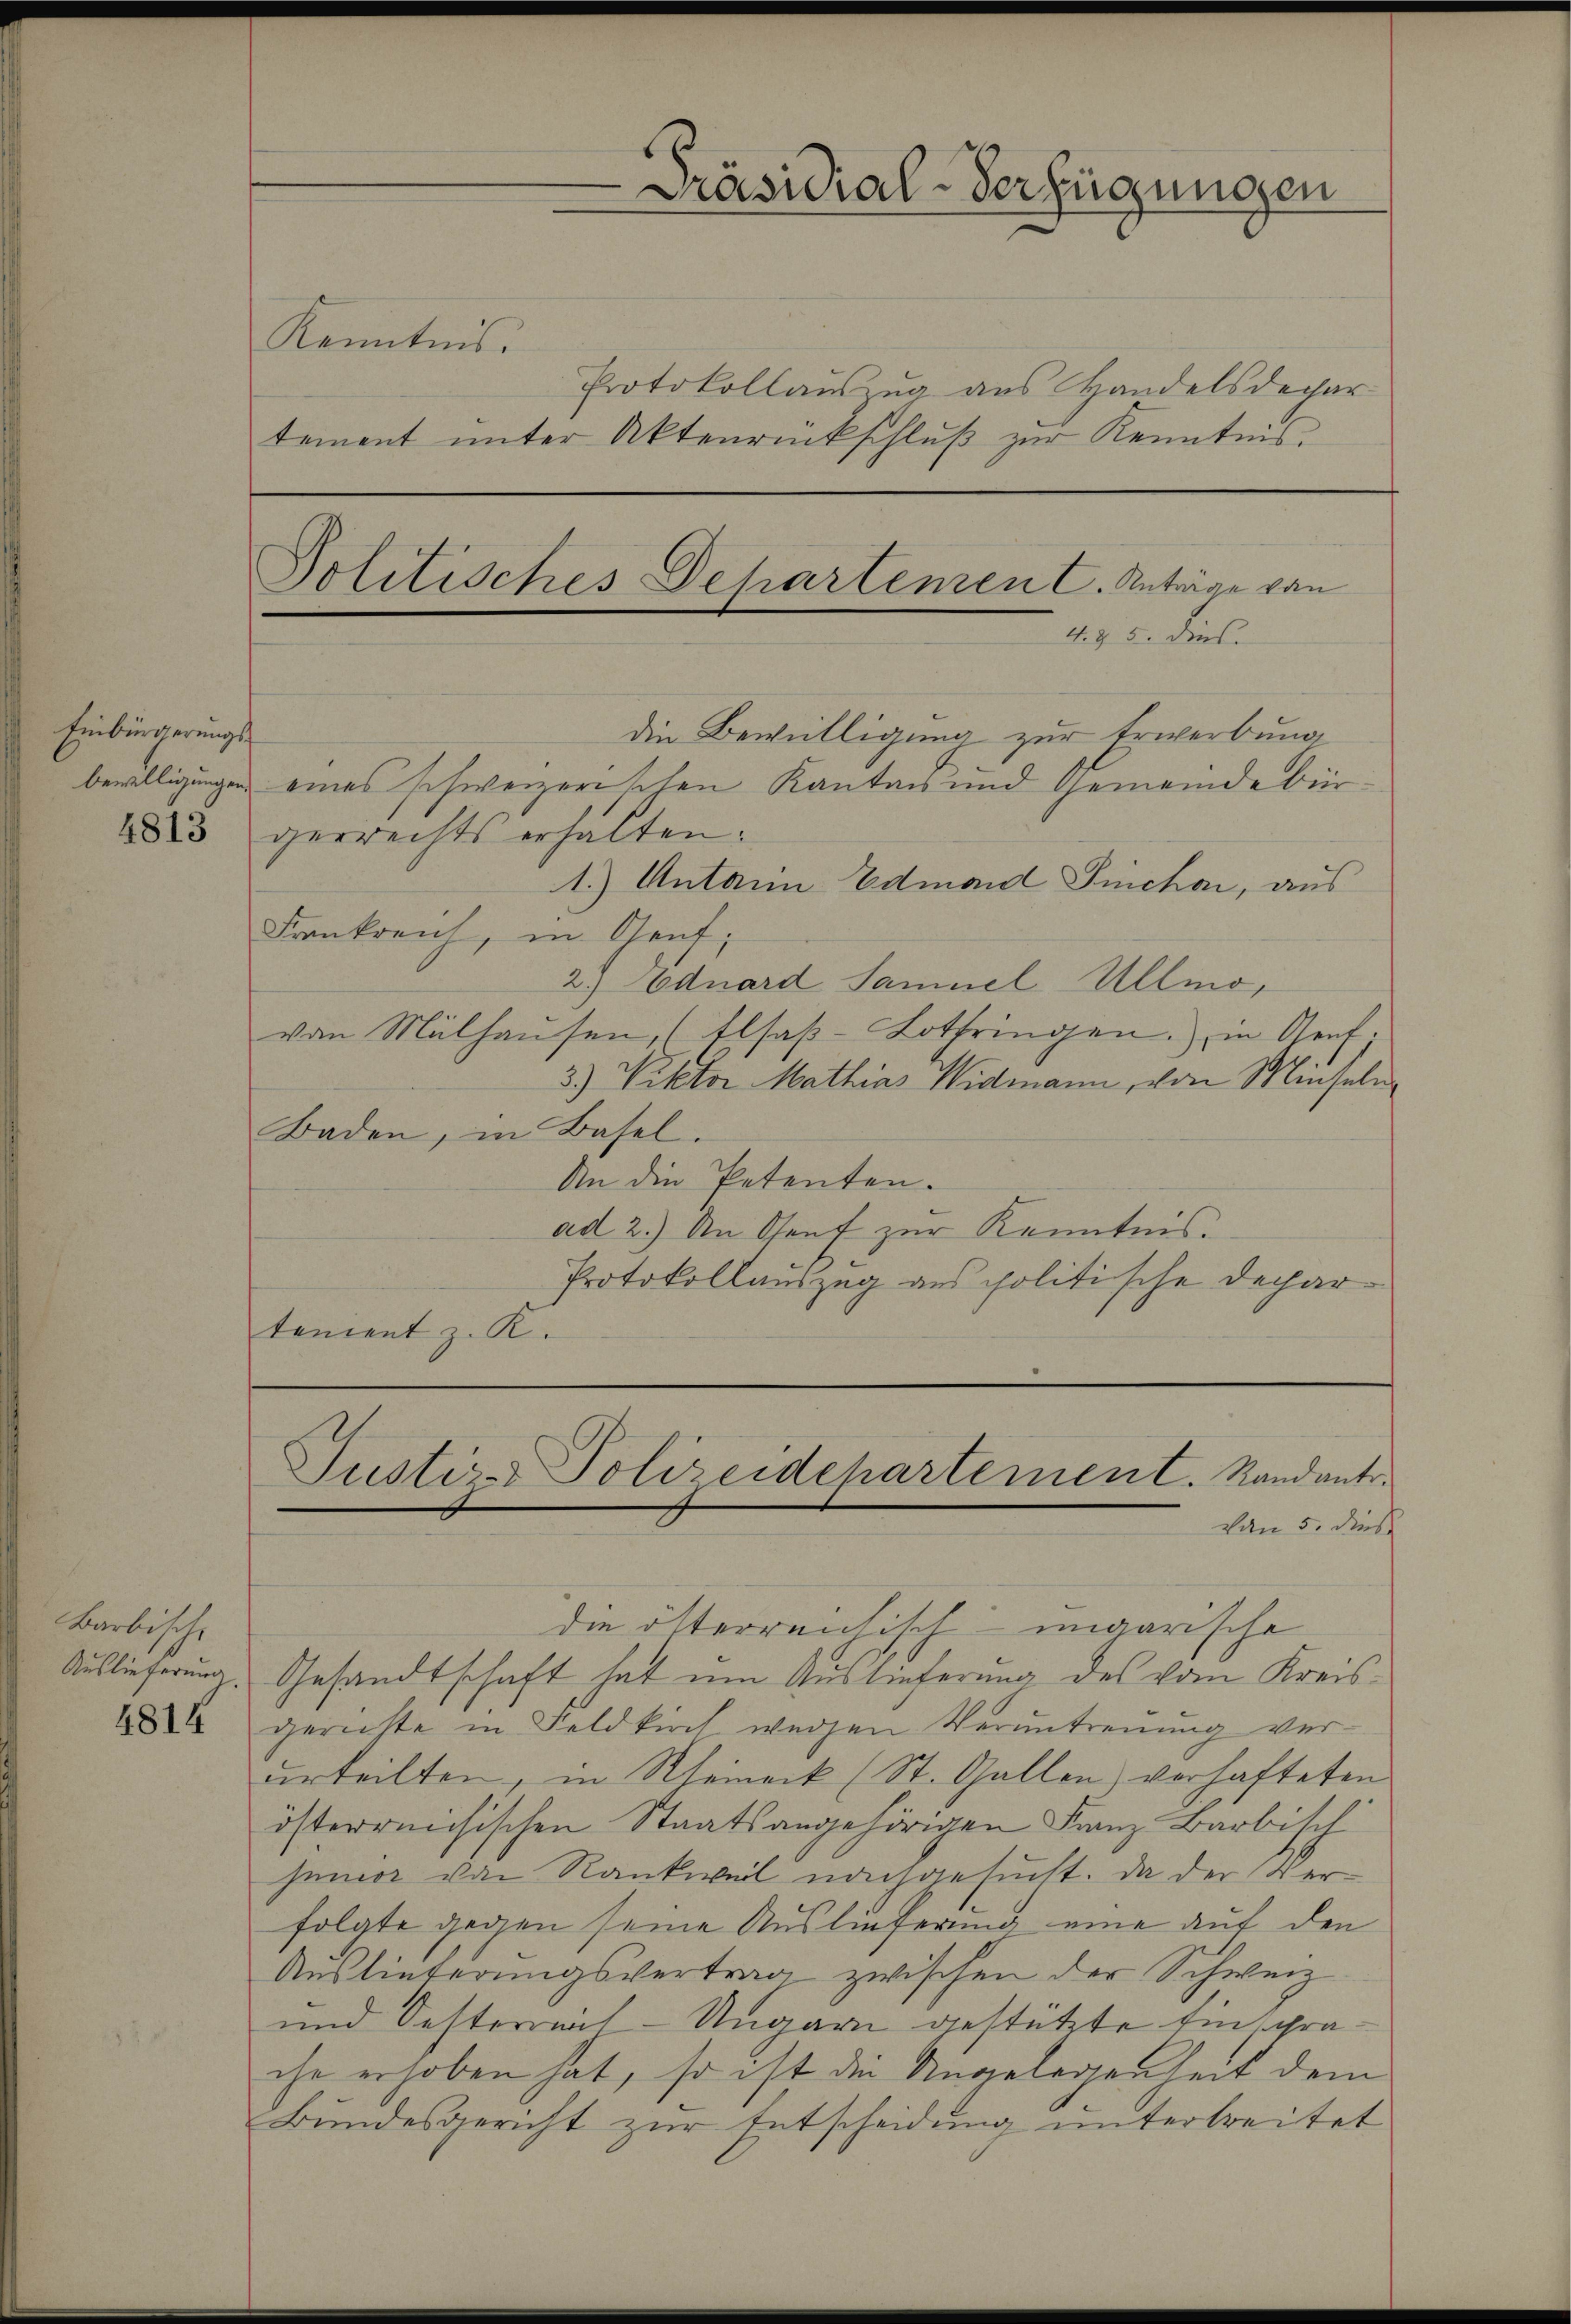
Einbürgerungsbewilligungen.

4813

Barbische
Auslieferung.
4814

Kenntnis.
Protokollauszug aus Handelsdepar
tement unter Aktenrückschluß zur Kenntnis.

die Bewilligung zur Erwerbung
eines schweizerischen Kantons und Gemeindebürgerrechts erhalten.
1.) Antanin Edmon Sichen, aus
Frankreich, in Cent;
2. Eduard Samuel Ullmovon Mülhausen, (Elsaβ-Lothringen. in Genf.
3) Viktor Mathias Widmann, von Miseln
Baden, in Basel.
An die Petenten.
ad 2.) An Genf zur Kenntnis.
Protokollauszug aus politische Dechartanient z. R.

Präsidial-Verfügungen

Politisches Departemen C. Anträge von
4. § 5. dies.

die ötterreichisch-ungarische
Gesandtschaft hat um Auslieferung des vom Kreisgerichte in Feldkirch wegen Verantreuung ver-
urteilten, in Rheineck (St. Gallen) verhafteten
österreichischen Staatsangehörigen Franz Barbisch
humor von Rankweil nachgesucht. Da der Verfolgte gegen seine Auslieferung eine auf den
Auslieferungsvertrag zwischen der Schweiz
und Oesterreich-Ungarn gestützte Einsprache erhoben hat, so ist die Angelegenheit dem
Bundesgericht zur Entscheidung untertreitet

Justiz-Polizeidepartement. Mandante.
von 5. dies